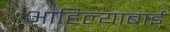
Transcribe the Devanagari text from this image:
आहिल्याबाई